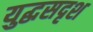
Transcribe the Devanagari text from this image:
युद्धसदृश